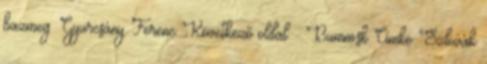
bazmeg. Gyurcsány Ferenc Következő oldal » Bumm.sk Címke "Szlovák